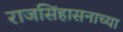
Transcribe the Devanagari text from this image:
राजसिंहासनाच्या